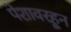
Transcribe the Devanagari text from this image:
पेशावरहून